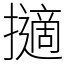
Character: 擿